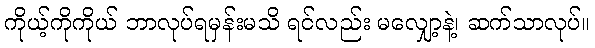
ကိုယ့်ကိုကိုယ် ဘာလုပ်ရမှန်းမသိ ရင်လည်း မလျှော့နဲ့၊ ဆက်သာလုပ်။